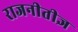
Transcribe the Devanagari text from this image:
राजनीतीज्ञ